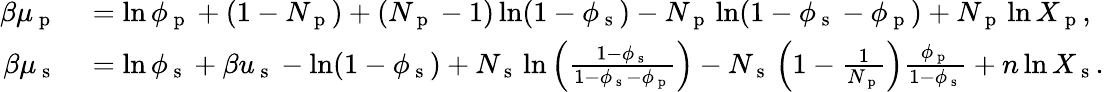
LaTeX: \begin{array}{rl}{\beta\mu_{\mathrm{~p~}}}&{{}=\ln\phi_{\mathrm{~p~}}+(1-N_{\mathrm{~p~}})+(N_{\mathrm{~p~}}-1)\ln(1-\phi_{\mathrm{~s~}})-N_{\mathrm{~p~}}\ln(1-\phi_{\mathrm{~s~}}-\phi_{\mathrm{~p~}})+N_{\mathrm{~p~}}\ln X_{\mathrm{~p~}},}\\ {\beta\mu_{\mathrm{~s~}}}&{{}=\ln\phi_{\mathrm{~s~}}+\beta u_{\mathrm{~s~}}-\ln(1-\phi_{\mathrm{~s~}})+N_{\mathrm{~s~}}\ln\left(\frac{1-\phi_{\mathrm{~s~}}}{1-\phi_{\mathrm{~s~}}-\phi_{\mathrm{~p~}}}\right)-N_{\mathrm{~s~}}\left(1-\frac{1}{N_{\mathrm{~p~}}}\right)\frac{\phi_{\mathrm{~p~}}}{1-\phi_{\mathrm{~s~}}}+n\ln X_{\mathrm{~s~}}.}\end{array}